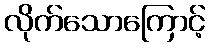
လိုက်သောကြောင့်